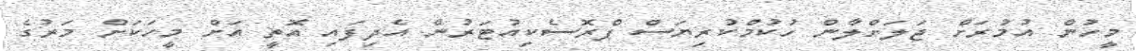
މީހުން އުމުރަށް ޖަލަށްލާން ހުކުމްކުރިޔަސް ޕްރޮސެކިއުޓަރުން އެދިފައި އޮތީ އަށް މީހަކަށް މަރުގެ